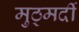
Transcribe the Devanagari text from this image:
मुठ्मर्दी